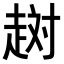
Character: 𧻐